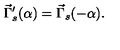
\vec { \Gamma } _ { s } ^ { \prime } ( \alpha ) = \vec { \Gamma } _ { s } ( - \alpha ) .